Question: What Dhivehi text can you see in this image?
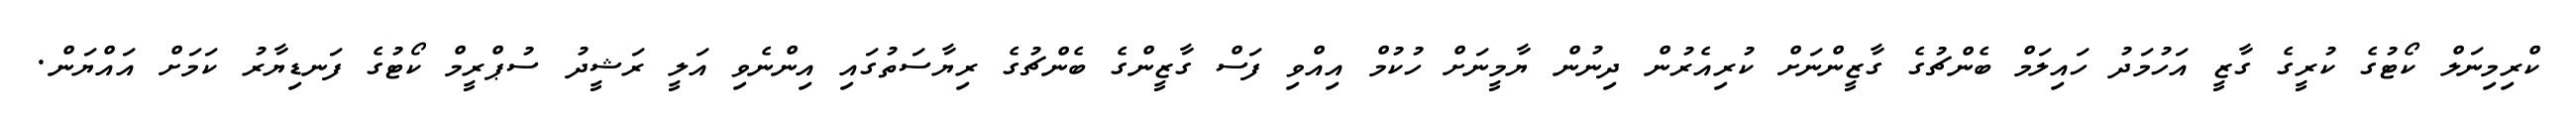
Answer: ކްރިމިނަލް ކޯޓުގެ ކުރީގެ ގާޒީ އަހުމަދު ހައިލަމް ބެންޗުގެ ގާޒީންނަށް ކުރިއެރުން ދިނުން ޔާމީނަށް ހުކުމް އިއްވި ފަސް ގާޒީންގެ ބެންޗުގެ ރިޔާސަތުގައި އިންނެވި އަލީ ރަޝީދު ސުޕްރީމް ކޯޓުގެ ފަނޑިޔާރު ކަމަށް އައްޔަން.